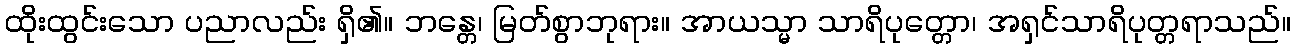
ထိုးထွင်းသော ပညာလည်း ရှိ၏။ ဘန္တေ၊ မြတ်စွာဘုရား။ အာယသ္မာ သာရိပုတ္တော၊ အရှင်သာရိပုတ္တရာသည်။